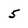
Character: 5